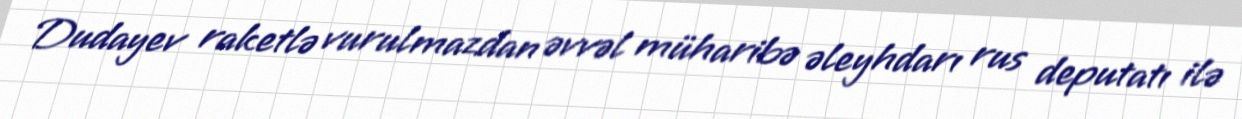
Dudayev raketlə vurulmazdan əvvəl müharibə əleyhdarı rus deputatı ilə